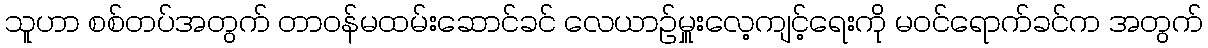
သူဟာ စစ်တပ်အတွက် တာဝန်မထမ်းဆောင်ခင် လေယာဉ်မှူးလေ့ကျင့်ရေးကို မဝင်ရောက်ခင်က အတွက်